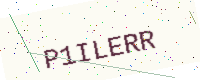
Text: P1ILERR